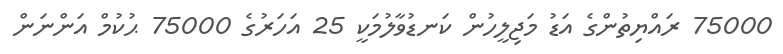
75000 ރައްޔިތުންގެ އަޑު މަޖިލީހުން ކަނޑުވާލުމަކީ 25 އަހަރުގެ 75000 ޙުކުމް އަންނަން